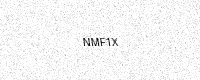
Text: NMF1X